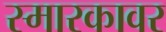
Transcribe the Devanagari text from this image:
स्मारकावर